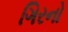
ગિરનો